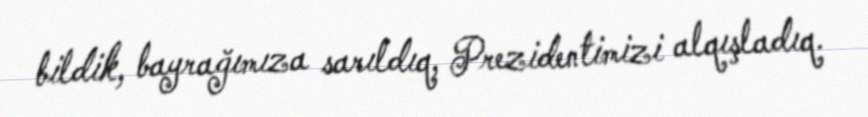
bildik, bayrağımıza sarıldıq, Prezidentimizi alqışladıq.